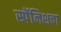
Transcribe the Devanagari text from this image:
स्पॅनिशचा